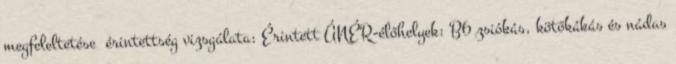
megfeleltetése érintettség vizsgálata: Érintett ÁNÉR-élőhelyek: B6 zsiókás, kötőkákás és nádas